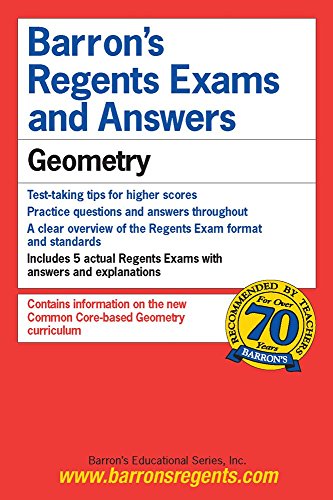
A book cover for Geometry (Barron's Regents Exams and Answers Books); Lawrence S. Leff M.S.; Test Preparation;